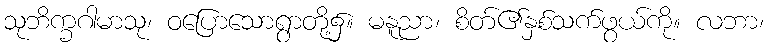
သုဘိက္ခဂါမာသု၊ ဝပြောသောရွာတို့၌။ မနူညာ၊ စိတ်၏နှစ်သက်ဖွယ်ကို။ လဘာ၊